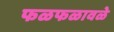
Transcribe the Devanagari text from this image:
फळफळावळे